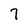
Character: 7